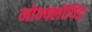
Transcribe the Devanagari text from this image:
नोन्फ्लोविङ्